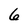
Character: 6